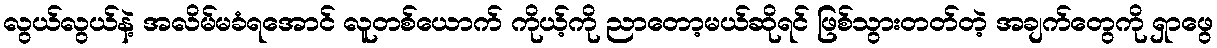
လွယ်လွယ်နဲ့ အလိမ်မခံရအောင် လူတစ်ယောက် ကိုယ့်ကို ညာတော့မယ်ဆိုရင် ဖြစ်သွားတတ်တဲ့ အချက်တွေကို ရှာဖွေ